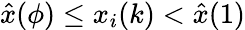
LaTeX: \hat{x}(\phi)\leq x_{i}(k)<\hat{x}(1)